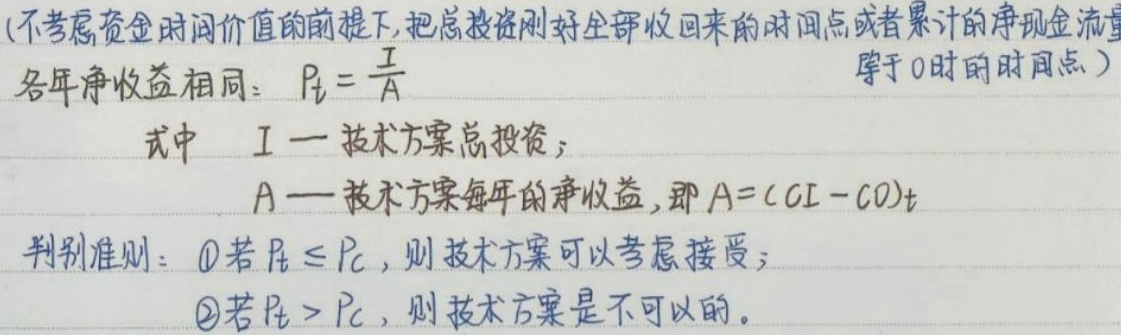
(不考虑资金时间价值的前提下,把总投资刚好全部收回来的时间点或者累计的净现金流量等于0时的时间点)
各年净收益相同：$P_t = \frac{I}{A}$

式中 $I$—技术方案总投资；
$A$—技术方案每年的净收益, 即 $A = (CI - CO)_t$

判别准则：\textcircled{1}若 $P_t \leq P_c$，则技术方案可以考虑接受；
\textcircled{2}若 $P_t > P_c$，则技术方案是不可以的。